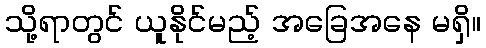
သို့ရာတွင် ယူနိုင်မည့် အခြေအနေ မရှိ။